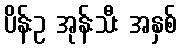
ပိန်းဥ အုန်းသီး အနှစ်